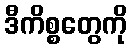
ဒီကိစ္စတွေကို